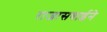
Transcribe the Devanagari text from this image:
राजासबाईने